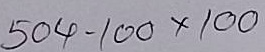
504 - 100 x 100